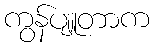
ကွန်ပျူတာက